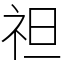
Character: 𥘵